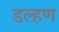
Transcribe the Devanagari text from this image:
डल्हण